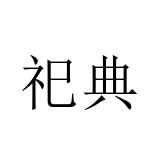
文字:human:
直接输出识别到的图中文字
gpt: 祀典